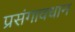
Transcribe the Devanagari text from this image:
प्रसंगावधान